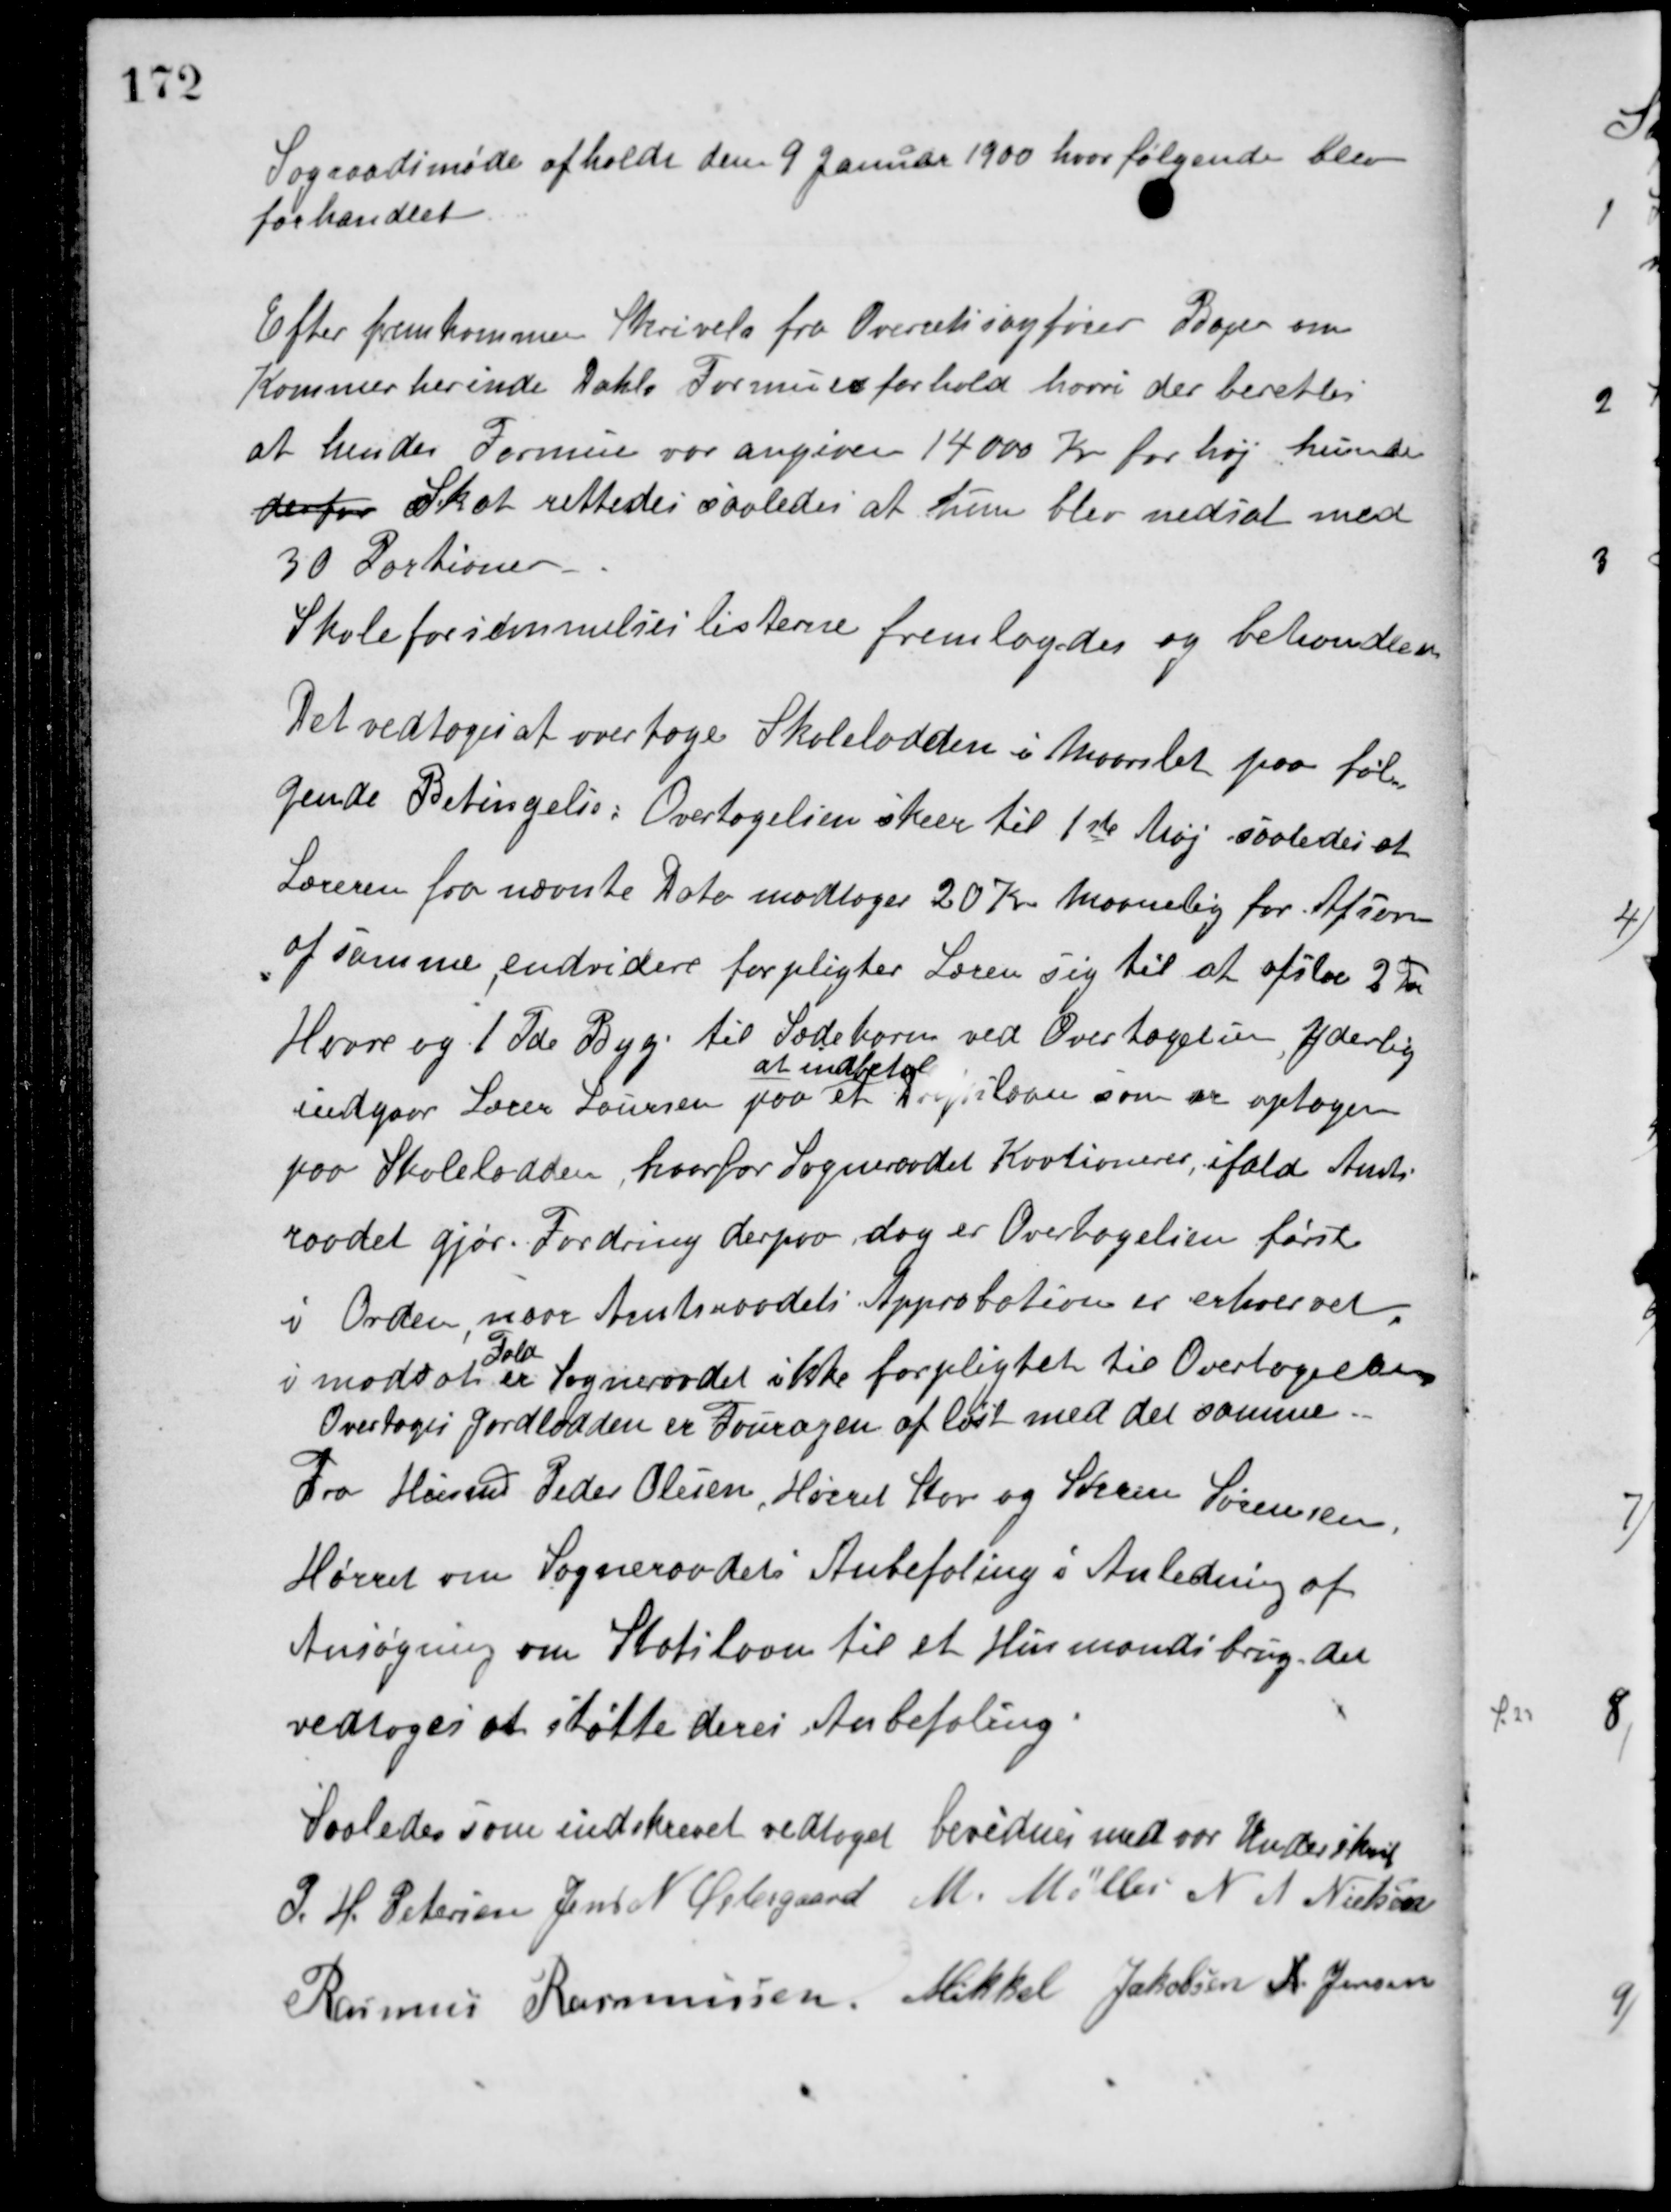
Transskription:
Sograadsmøde afholdt den 9 Januar 1900 hvor følgende blev
forhandlet.
Efter fremkommen Skrivelse fra Overretssagfører Bager om
Kammerherinde Dahls Formuesforhold hvori der berettes
at hendes Formue var angiven 14000 Kr. for høj hendes
derfor Skat rettedes saaledes at hun blev nedsat med
30 Portioner.
Skoleforsømmelseslisterne fremlagdes og behandledes.
Det vedtoges at overtage Skolelodden i Maarslet paa følg-
gende Betingelse: Overtagelsen skeer til 1ste Maj saaledes at
Læreren fra nævnte Dato modtager 20 Kr. Maanelig for Afsavn
af samme, endvidere forpligter Læren sig til at afstaa 2 Tde
Havre og 1 Tde. Byg. til Sædekorn ved Overtagelsen, Yderlig
indgaar Lærer Laursen paa at
at indbetale
Driftslaan som er optagen
paa Skolelodden, hvorfor Sogneraadet Kautionerer, ifald Amts-
raadet gjør Fordring derpaa, dog er Overtagelsen først
i Orden, naar Amtsraadets Approbation er erhvervet,
i modsat
Fald
er Sogneraadet ikke forpligtet til Overtagelsen.
Overtages Jordlodden er Fouragen afløst med det samme.
Fra Husmd. Peder Olesen, Hørret Skov og Søren Sørensen,
Hørret om Sogneraadets Anbefaling i Anledning af
Ansøgning om Statslaan til et Husmandsbrug det
vedtoges at støtte deres Anbefaling.
Saaledes som indskrevet vedtaget bevidnes med vor Underskrift.
P. H. Petersen Jens N. Østergaard M. Møller N. A. Nielsen
Rasmus Rasmussen Mikkel Jakobsen N. Jensen